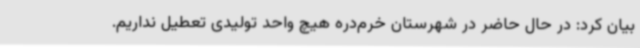
بیان کرد: در حال حاضر در شهرستان خرم‌دره هیچ واحد تولیدی تعطیل نداریم.